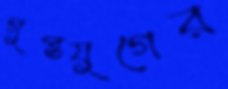
গুপ্তযুগের